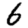
Digit: 6